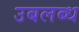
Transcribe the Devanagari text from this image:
उबलब्ध